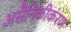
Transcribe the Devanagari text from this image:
असैनिकीकरण